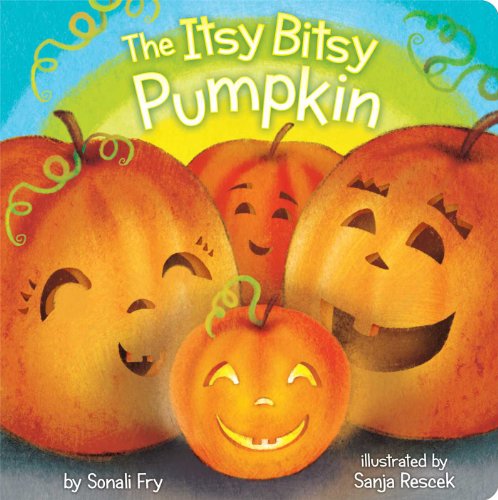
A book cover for The Itsy Bitsy Pumpkin; Sonali Fry; Children's Books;